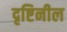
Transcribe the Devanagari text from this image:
दृष्टिनील